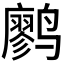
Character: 𫜆